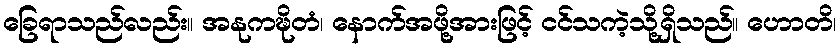
ခြေရာသည်လည်း။ အနုကဍ္ဎိတံ၊ နောက်အဖို့အားဖြင့် ငင်သကဲ့သို့ရှိသည်။ ဟောတိ၊